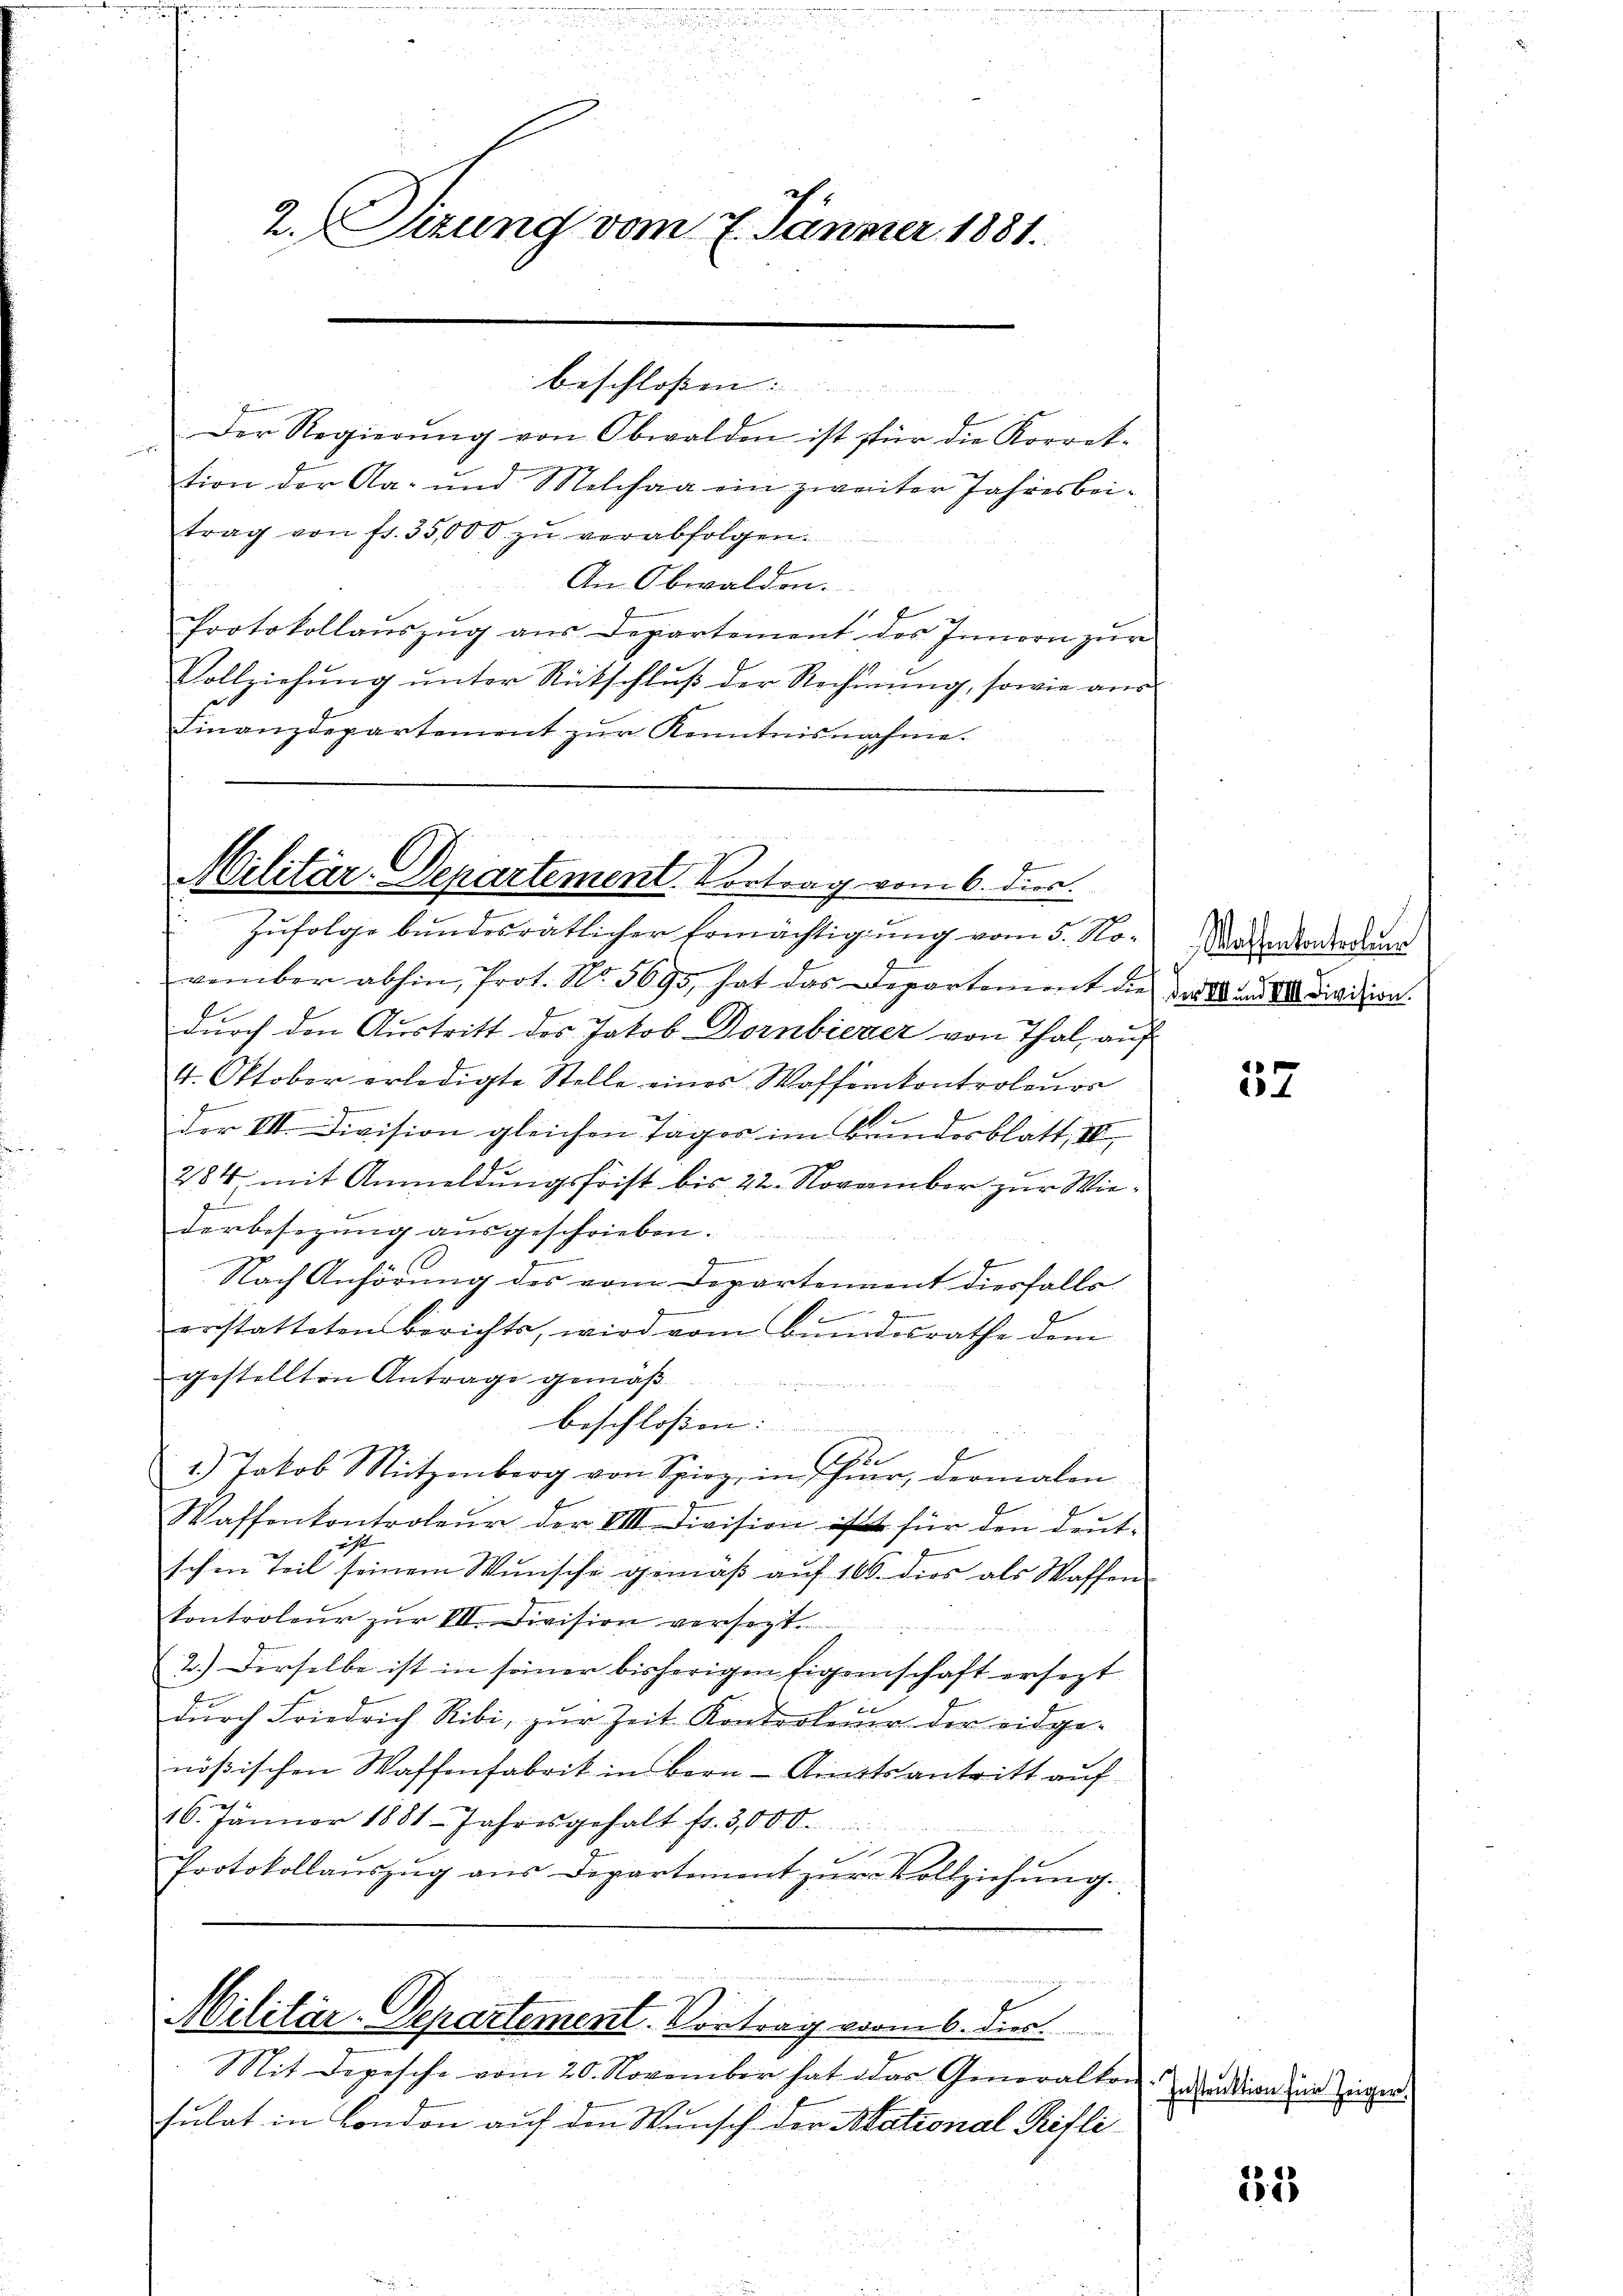
Der Regierŭng von Obwalden ist für die Korrek-
tion der Aa- und Melchag ein zweiter Jahresbeitrag von fr. 35,000. zŭ verabfolgen.
An Obwalden.
Protokollanszug aus Departement des Innern zŭr
Vollziehŭng ŭnter Rütschlŭβ der Rechnŭng, sowie aŭs
Finanzdepartement zŭr Kenntnisnahme.

2. Sizung vom 7. Jänner 1881.

vember abhin, Prot. No. 5695, hat das Departement die
durch den Austritt des Jakob Dornbierer von Thal, auf
4. Oktober erledigte Stelle eines Waffenkontroleurs
s
e
der VII. Division gleichen Tages im Bundesblatt, III
284 mit Anmeldungsfrist bis 22. November zur Wied
derbesezung ausgeschrieben.
Nach Anhörung des vom Departennent diesfalls
wrennen, und ein
.
erstatteten Berichts, wird vom Bundesrathe dem
gestellten Antrage gemäß
Er
1.) Jakob Mützenberg von Spiz, in hier, dermalen
Waffenkontroleur der VI. Division ist für den deut-
richt
schen Teil seinem Wunsche gemäβ aŭf 100. dies als Waffen-
Controleŭr zŭr VII. Division versezt.
2.) Derselbe ist in seiner bisherigen Eigenschaft ersezt
durch Friedrich Ribi, zur Zeit Kontroleuer der eidge-
nößischen Waffenfabrik in Bern Amtsantritt auf
16. Jänner 1881 Jahresgehalt fr. 3,000.

Protokollanszŭg ans Departement zŭr Vollziehŭng.

beschloßen:

b
Militär-Departement. Vortrag vom 6. dies
Zufolge bundesrätlicher Ermächtigung vom 5. No¬

beschlossen:

wie meine nennen verantie wieder
Militär-Departement. Vortrag vom 6. dies

Mit Depesche vom 20. November hat das Generalkon-
sulat in London auf den Wunsch der National Trifli¬

Waffenkontroluer
der M. und VIII. Division.

37

Instruktion für Zeiger.

183